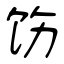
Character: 饬